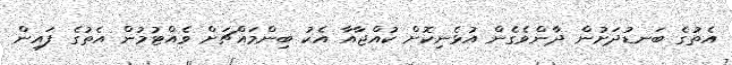
އެތުގެ ބަނޑުދަށުން ދާންވެގެން އުޅެނިކޮށް ކުއްޖާއާ އެކު ބިންމައްޗަށް ވެއްޓުމުން އެތުގެ ފައިން